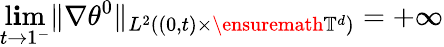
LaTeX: \operatorname*{l\mathbf{i}m}_{t\to1^{-}}\| \nabla\theta^{0}\| _{L^{2}((0,t)\times\ensuremath{{\mathbb{{T}}}}^{d})}=+\infty